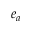
e _ { a }